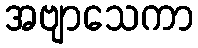
အဗျာသေကာ